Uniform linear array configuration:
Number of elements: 48
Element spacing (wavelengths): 0.5
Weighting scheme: uniform
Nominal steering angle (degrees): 45
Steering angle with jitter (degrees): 43.562
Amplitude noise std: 0.05
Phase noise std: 0.05

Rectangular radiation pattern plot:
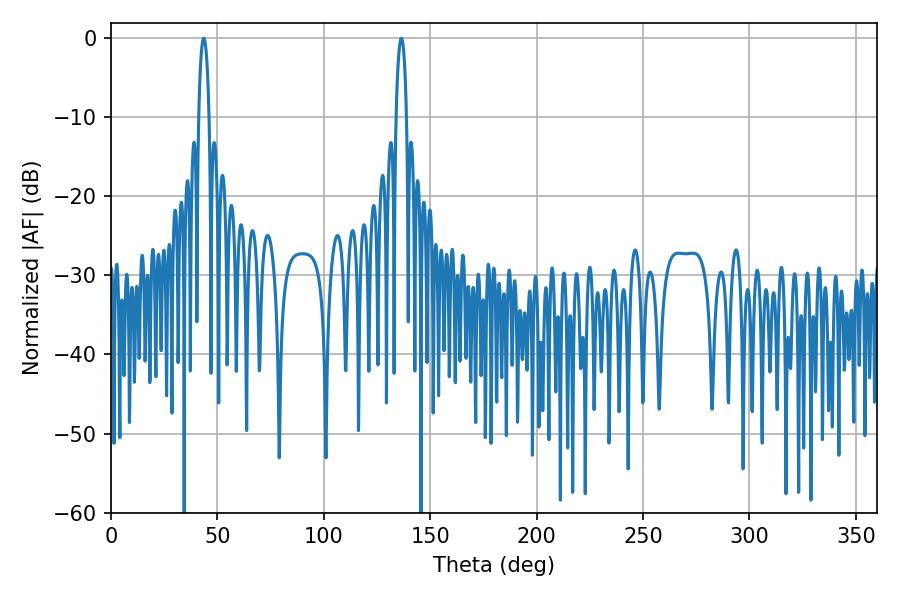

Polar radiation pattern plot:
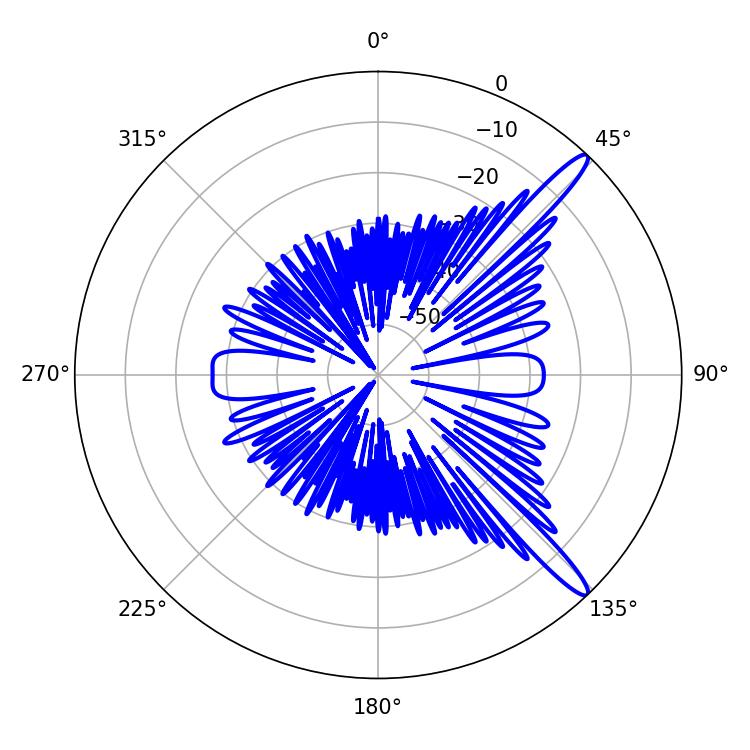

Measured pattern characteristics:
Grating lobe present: FALSE
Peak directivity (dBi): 14.076
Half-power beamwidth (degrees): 2.7
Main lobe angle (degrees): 43.56